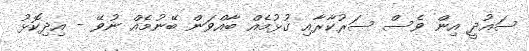
ސައުދީ އިން ވެސް ސަރުކާރާއި ގުޅުމެއް ބާއްވަން ބޭނުމެއް ނުވޭ - އިދިކޮޅު